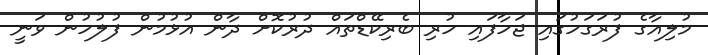
މުލިއާގެ ފުރަގަހުގައި ޖަހާފައި ހުރި ބެރިކޭޑްތައް ދުރުކޮށް ދާން އުޅުމުން ފުލުހުން ވަނީ